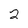
Character: 2